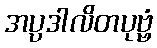
အပ္ပဒါလိတပုဗ္ဗံ